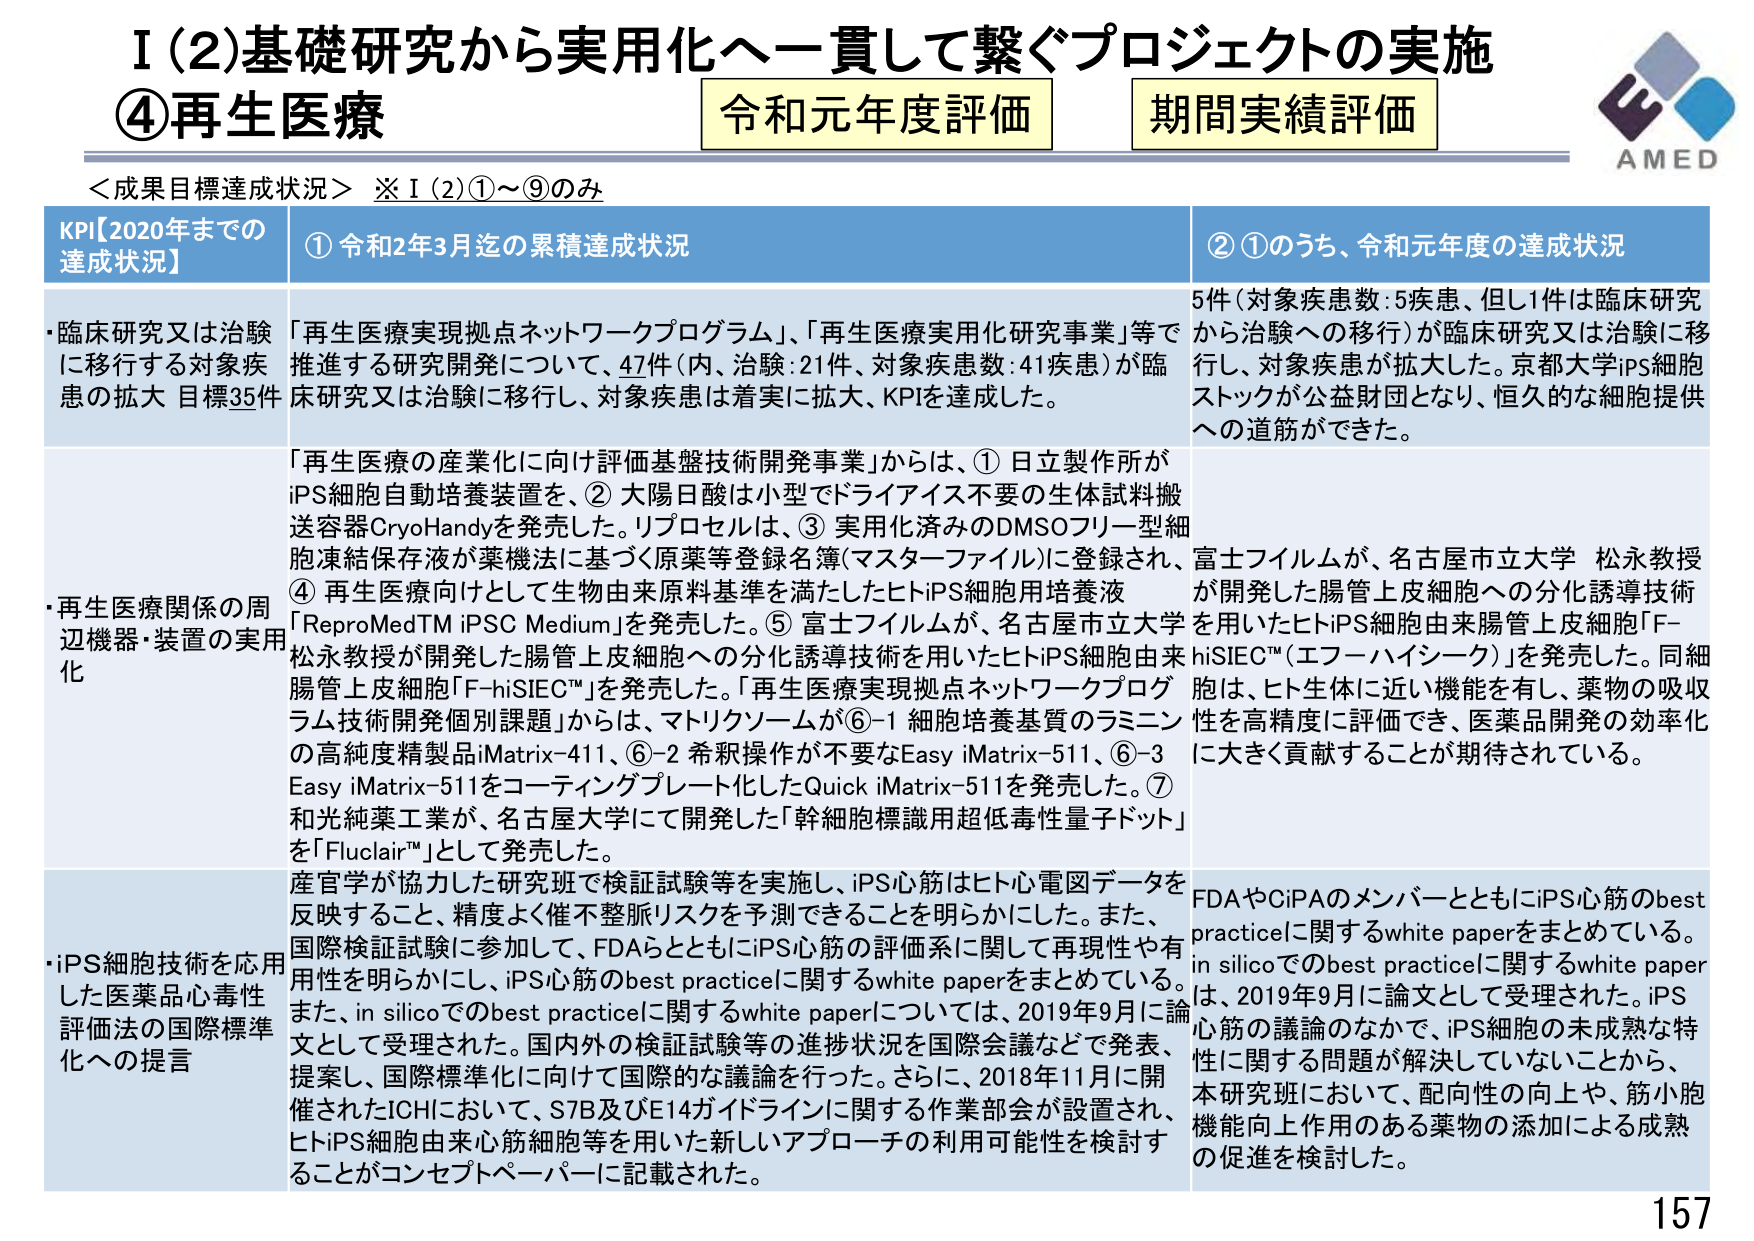
I (2) 基礎研究から実用化へー貫して繋ぐプロジェクトの実施
④再生医療
令和元年度評価
期間実績評価
AMED

＜成果目標達成状況＞ ※I(2)①～⑨のみ

KPI【2020年までの達成状況】
① 令和2年3月迄の累積達成状況
② ①のうち、令和元年度の達成状況

・臨床研究又は治験に移行する対象疾患の拡大 目標35件
「再生医療実現拠点ネットワークプログラム」、「再生医療実用化研究事業」等で推進する研究開発について、47件（内、治験：21件、対象疾患数：41疾患）が臨床研究又は治験に移行し、対象疾患は着実に拡大、KPIを達成した。
5件（対象疾患数：5疾患、但し1件は臨床研究から治験への移行）が臨床研究又は治験に移行し、対象疾患が拡大した。京都大学iPS細胞ストックが公益財団となり、恒久的な細胞提供への道筋ができた。

・再生医療関係の周辺機器・装置の実用化
「再生医療の産業化に向け評価基盤技術開発事業」からは、①日立製作所がiPS細胞自動培養装置を、②大陽日酸は小型でドライアイス不要の生体試料搬送容器CryoHandyを発売した。リプロセルは、③実用化済みのDMSOフリー型細胞凍結保存液が薬機法に基づく原薬等登録名簿（マスターファイル）に登録され、④再生医療向けとして生物由来原料基準を満たしたヒトiPS細胞用培養液「ReproMedTM iPSC Medium」を発売した。⑤富士フイルムが、名古屋市立大学 松永教授が開発した腸管上皮細胞への分化誘導技術を用いたヒトiPS細胞由来腸管上皮細胞「F-hiSIEC™（エフーハイシーク）」を発売した。同細胞は、ヒト生体に近い機能を有し、薬物の吸収性を高精度に評価でき、医薬品開発の効率化に大きく貢献することが期待されている。
富士フイルムが、名古屋市立大学 松永教授が開発した腸管上皮細胞への分化誘導技術を用いたヒトiPS細胞由来腸管上皮細胞「F-hiSIEC™（エフーハイシーク）」を発売した。同細胞は、ヒト生体に近い機能を有し、薬物の吸収性を高精度に評価でき、医薬品開発の効率化に大きく貢献することが期待されている。
「再生医療実現拠点ネットワークプログラム技術開発個別課題」からは、マトリクソームが⑥-1 細胞培養基質のラミニンの高純度精製品iMatrix-411、⑥-2 希釈操作が不要なEasy iMatrix-511、⑥-3 Easy iMatrix-511をコーティングプレート化したQuick iMatrix-511を発売した。⑦和光純薬工業が、名古屋大学にて開発した「幹細胞標識用超低毒性量子ドット」を「Fluclair™」として発売した。

・iPS細胞技術を応用した医薬品心毒性評価法の国際標準化への提言
産官学が協力した研究班で検証試験等を実施し、iPS心筋はヒト心電図データを反映すること、精度よく催不整脈リスクを予測できることを明らかにした。また、国際検証試験に参加して、FDAらとともにiPS心筋の評価系に関して再現性や有用性を明らかにし、iPS心筋のbest practiceに関するwhite paperをまとめている。また、in silicoでのbest practiceに関するwhite paperについては、2019年9月に論文として受理された。国内外の検証試験等の進捗状況を国際会議などで発表、提案し、国際標準化に向けて国際的な議論を行った。さらに、2018年11月に開催されたICHにおいて、S7B及びE14ガイドラインに関する作業部会が設置され、ヒトiPS細胞由来心筋細胞等を用いた新しいアプローチの利用可能性を検討することがコンセプトペーパーに記載された。
FDAやCiPAのメンバーとともにiPS心筋のbest practiceに関するwhite paperをまとめている。in silicoでのbest practiceに関するwhite paperは、2019年9月に論文として受理された。iPS心筋の議論のなかで、iPS細胞の未成熟な特性に関する問題が解決していないことから、本研究班において、配向性の向上や、筋小胞機能向上作用のある薬物の添加による成熟の促進を検討した。

157